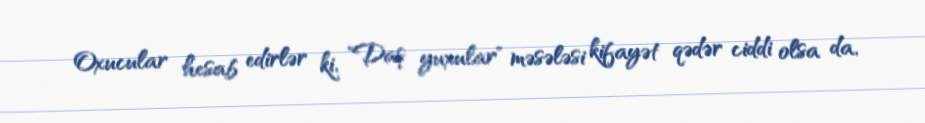
Oxucular hesab edirlər ki, "Daş yuxular" məsələsi kifayət qədər ciddi olsa da,